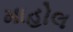
માહોલ